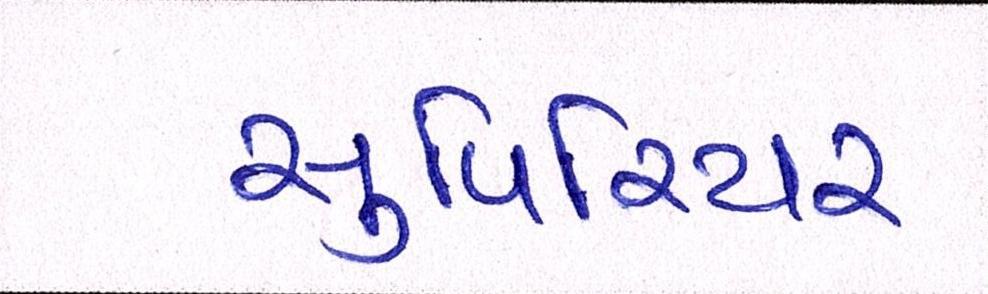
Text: સુપિરિયર